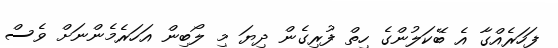
ފަހަރެއްގާ އެ ބޭކަލުންގެ ހިތް ފުރިގެން ދިޔަ މި ލޯބިން އަހަރެމެންނަށް ވެސް